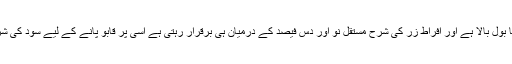
بھارت میں اس وقت مہنگائي کا بول بالا ہے اور افراط زر کی شرح مستقل نو اور دس فیصد کے درمیان ہی برقرار رہتی ہے اسی پر قابو پانے کے لیے سود کی شرح میں اضافہ کیا جاتا رہا ہے۔